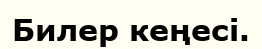
Билер кеңесі.